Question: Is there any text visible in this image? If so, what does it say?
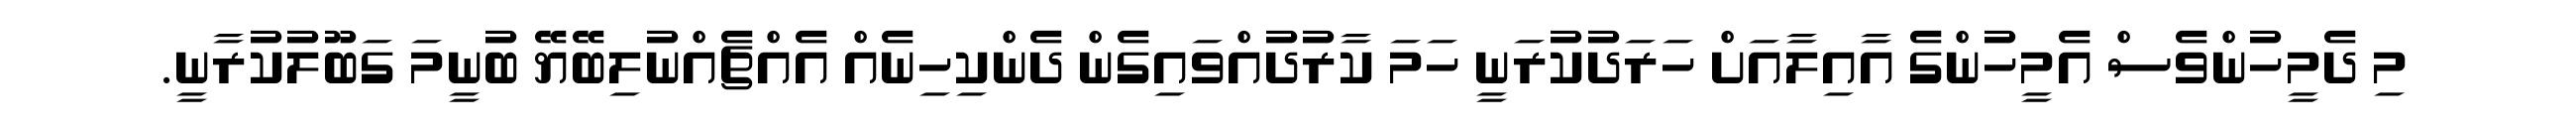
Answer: މި ދެމީހުންވެސް އެމީހުންގެ އާއިލާއަށް ހަރަދުކުރަނީ ހަމަ ކާރުދުއްވައިގެން ދެންކިހިނެއް އެއްޗެއްނުލިބޭޔޭ ބުނީމަ ގަބޫލުކުރާނީ.